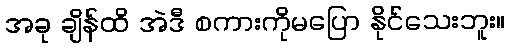
အခု ချိန်ထိ အဲဒီ စကားကိုမပြော နိုင်သေးဘူး။